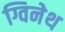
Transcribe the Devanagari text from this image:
ग्विनेथ